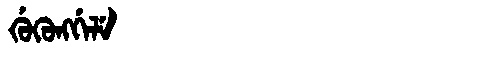
Manchu: ᡤᡠᡴᡠᠩᡤᡝᠯᡝ
Romanization: GUKUNGGELE